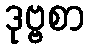
ဒုဗ္ဗစာ